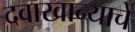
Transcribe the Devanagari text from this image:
दवाखान्याचे